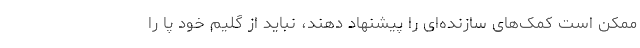
ممکن است کمک‌های سازنده‌ای را پیشنهاد دهند، نباید از گلیم خود پا را